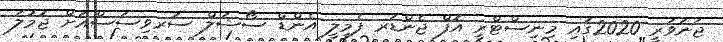
ޖަނަވަރީ 2020ގައި މިނިސްޓްރީ އޮފް ޖެންޑަރ ފެމިލީ އެންޑް ސޯޝަލް ސަރވިސަސްއަށް ޖުމުލަ